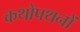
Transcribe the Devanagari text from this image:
कथोपथनों